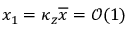
x _ { 1 } = \kappa _ { z } \overline { { x } } = \mathcal { O } ( 1 )